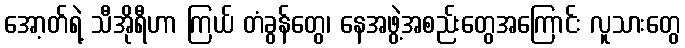
အော့တ်ရဲ့ သီအိုရီဟာ ကြယ် တံခွန်တွေ၊ နေအဖွဲ့အစည်းတွေအကြောင်း လူသားတွေ